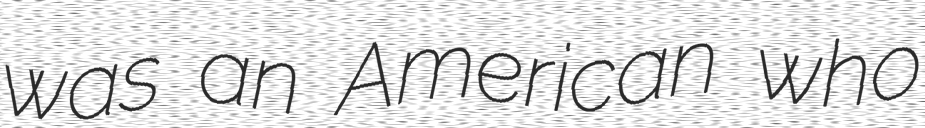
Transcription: was an American who